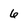
Character: 6